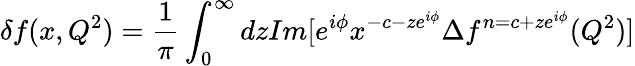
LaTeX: \delta f(x,Q^{2})=\frac{1}{\pi}\int_{0}^{\infty}dzIm[e^{i\phi}x^{-c-ze^{i\phi}}\Delta f^{n=c+ze^{i\phi}}(Q^{2})]